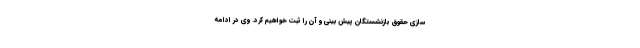
سازی حقوق بازنشستگان پیش بینی و آن را ثبت خواهیم کرد. وی در ادامه